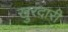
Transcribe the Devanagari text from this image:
खुरदारी